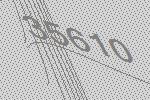
35610